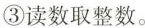
③读数取整数。